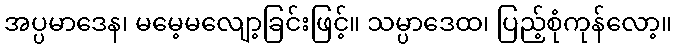
အပ္ပမာဒေန၊ မမေ့မလျော့ခြင်းဖြင့်။ သမ္ပာဒေထ၊ ပြည့်စုံကုန်လော့။